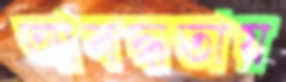
আবদ্ধতায়